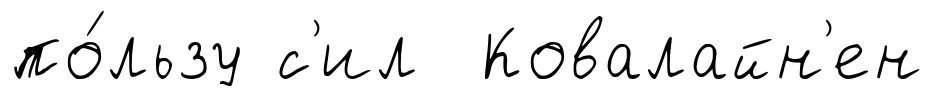
по́льзу с'ил Ковалайн'ен